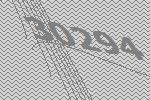
30294